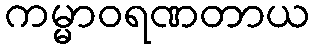
ကမ္မာဝရဏတာယ